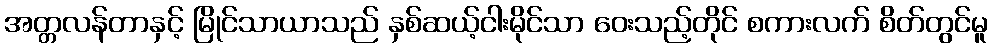
အတ္တလန်တာနှင့် မြိုင်သာယာသည် နှစ်ဆယ့်ငါးမိုင်သာ ဝေးသည့်တိုင် စကားလက် စိတ်တွင်မူ